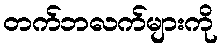
တက်ဘလက်များကို